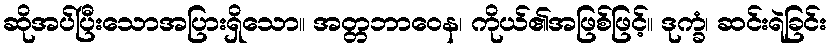
ဆိုအပ်ပြီးသောအပြားရှိသော။ အတ္တဘာဝေန၊ ကိုယ်၏အဖြစ်ဖြင့်။ ဒုက္ခံ၊ ဆင်းရဲခြင်း